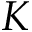
K